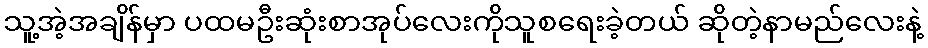
သူ့အဲ့အချိန်မှာ ပထမဦးဆုံးစာအုပ်လေးကိုသူစရေးခဲ့တယ် ဆိုတဲ့နာမည်လေးနဲ့